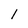
Character: 1